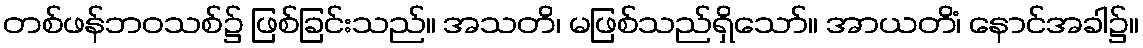
တစ်ဖန်ဘဝသစ်၌ ဖြစ်ခြင်းသည်။ အသတိ၊ မဖြစ်သည်ရှိသော်။ အာယတိံ၊ နောင်အခါ၌။